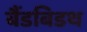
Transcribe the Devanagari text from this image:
बैंडबिडथ